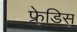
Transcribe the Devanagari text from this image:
फ्रेडिस